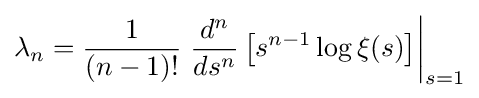
\lambda _{n}={\frac {1}{(n-1)!}}\left.{\frac {d^{n}}{ds^{n}}}\left[s^{n-1}\log \xi (s)\right]\right|_{s=1}